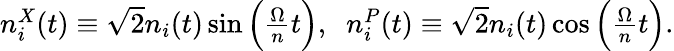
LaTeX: \begin{array}{r}{n_{i}^{X}(t)\equiv\sqrt{2}n_{i}(t)\sin\Big(\frac{\Omega}{n}t\Big),\; \; n_{i}^{P}(t)\equiv\sqrt{2}n_{i}(t)\cos\Big(\frac{\Omega}{n}t\Big).}\end{array}